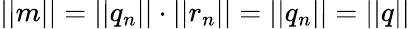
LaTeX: ||m||=||q_{n}||\cdot||r_{n}||=||q_{n}||=||q||